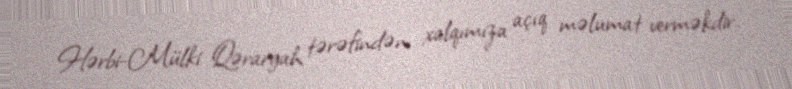
Hərbi-Mülki Qərargah tərəfindən xalqımıza açıq məlumat verməkdir.